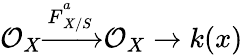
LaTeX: {\mathcal{O}}_{X}{\xrightarrow{{\overset{}{F}}_{X/S}^{a}}}{\mathcal{O}}_{X}\to k(x)